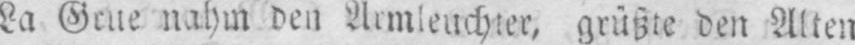
nahm den Armleuchter, grüßte den Alten